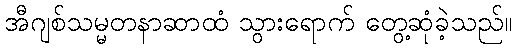
အီဂျစ်သမ္မတနာဆာထံ သွားရောက် တွေ့ဆုံခဲ့သည်။